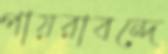
পায়রাবন্দে